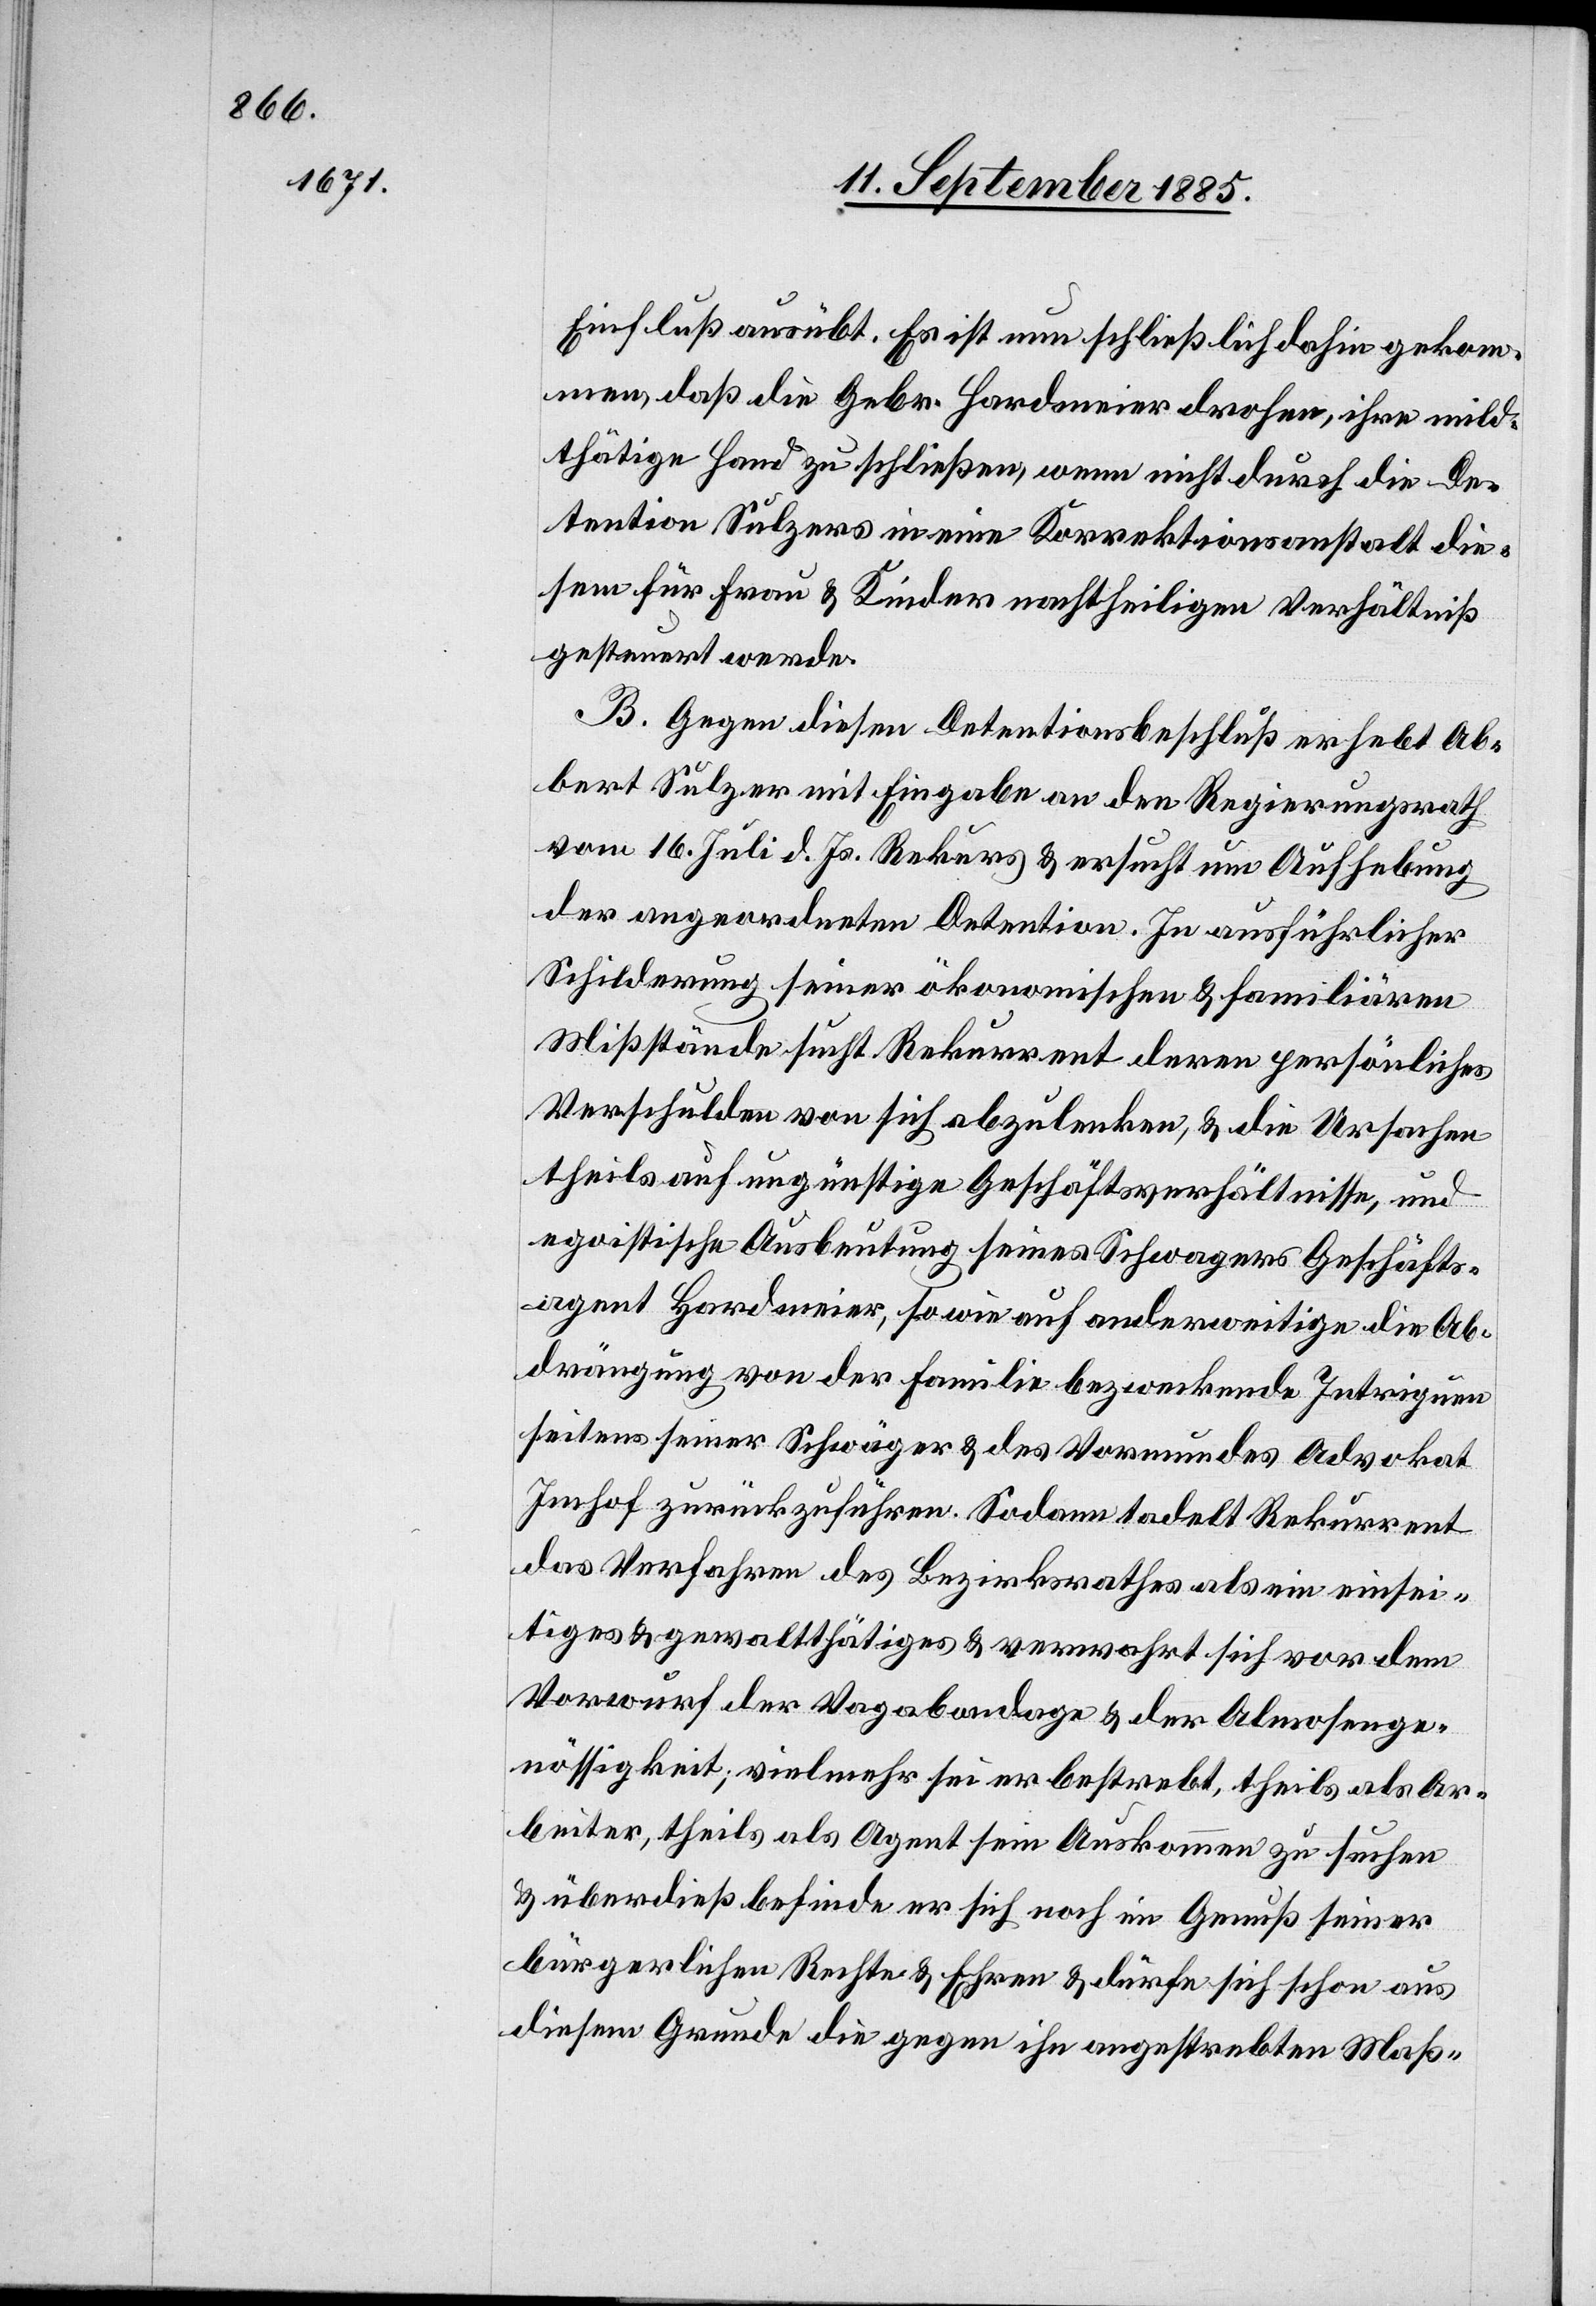
Einfluß ausübt. Es ist nun schließlich dahin geko¬
mmen, daß die Gebr. Hardmeier drohen, ihre mild¬
thätige Hand zu schließen, wenn nicht durch die De¬
tention Sulzers in einen Korrektionsanstalt die¬
sem für Frau & Kinder nachtheiligen Verhältniß
gesteuert werde.
B. Gegen diesen Detentionsbeschluß erhebt A[l]b¬
ert Sulzer mit Eingabe an den Regierungsrath
vom 16. Juli d. Js. Rekurs & ersucht um Aufhebung
der angeordneten Detention. In ausführlicher
Schilderung seiner ökonomischen & familiären
Mißstände sucht Rekurrent deren persönliches
Verschulden von sich abzulenken, & die Ursachen
theils auf ungünstige Geschäftsverhältnisse, und
egoistische Ausbeutung seines Schwagers Geschäfts¬
agent Hardmeier, so wie auf anderweitige die Ab¬
drängung von der Familie bezweckende Intriguen
seitens seiner Schwäger & des Vormundes Advokat
Imhof zurückzuführen. Sodann tadelt Rekurrent
das Verfahren des Bezirksrathes als ein einsei¬
tiges & gewaltthätiges & verwahrt sich vor dem
Vorwurf der Vagabondage & der Almosenge¬
nössigkeit; vielmehr sei er bestrebt, theils als Ar¬
beiter, theils als Agent sein Auskommen zu suchen
& überdieß befinde er sich noch im Genuß seiner
bürgerlichen Rechte & Ehren & dürfe sich schon aus
diesem Grunde die gegen ihn angestrebten Maß-